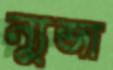
ন্যুব্জা